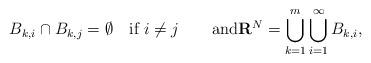
LaTeX: \begin{align*}B_{k,i}\cap B_{k,j}=\emptyset\quad\mbox{if $i\not=j$}\qquad\mbox{and}{\bf R}^N=\bigcup_{k=1}^m\bigcup_{i=1}^\infty B_{k,i},\end{align*}